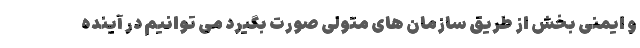
و ایمنی بخش از طریق سازمان های متولی صورت بگیرد می توانیم در آینده